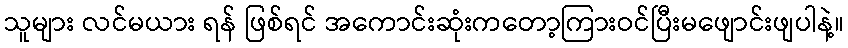
သူများ လင်မယား ရန် ဖြစ်ရင် အကောင်းဆုံးကတော့ကြားဝင်ပြီးမဖျောင်းဖျပါနဲ့။